Source: Computer-generated
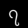
Digit: ၇ (7)